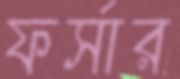
ফর্সার